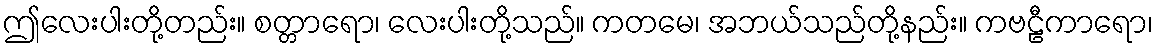
ဤလေးပါးတို့တည်း။ စတ္တာရော၊ လေးပါးတို့သည်။ ကတမေ၊ အဘယ်သည်တို့နည်း။ ကဗဠီကာရော၊